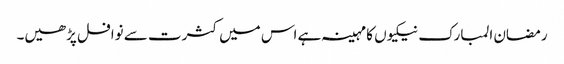
رمضان المبارک نیکیوں کا مہینہ ہے اس میں کثرت سے نوافل پڑھیں۔